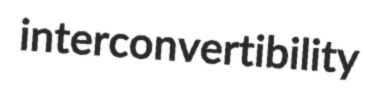
interconvertibility